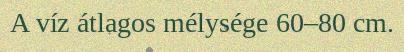
A víz átlagos mélysége 60–80 cm.